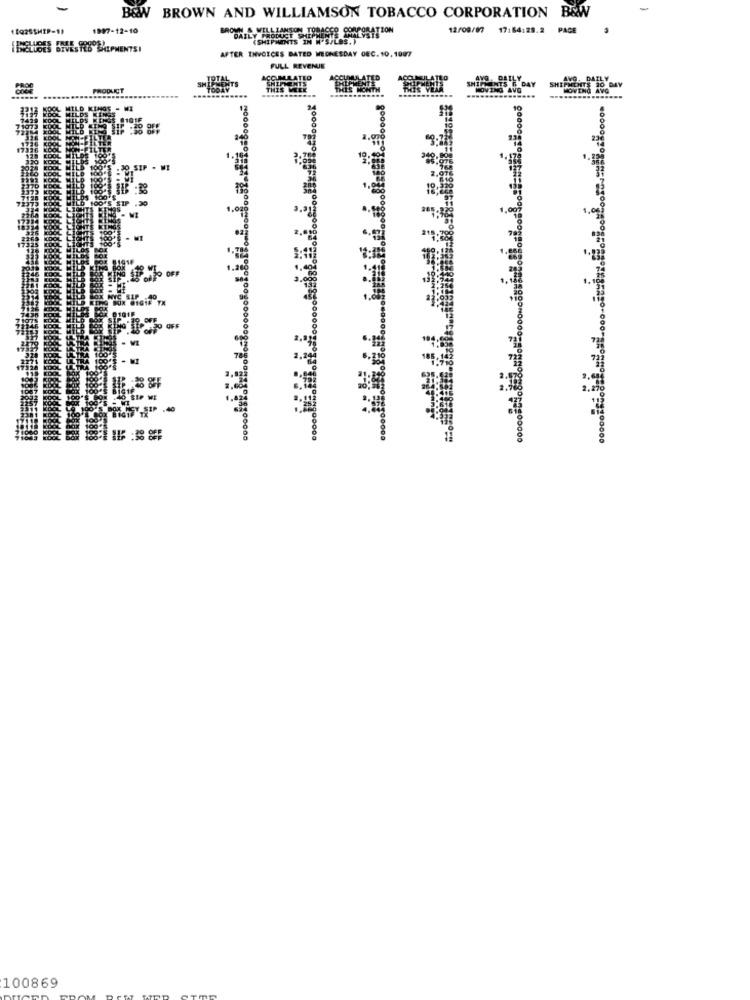
B&W
B&W BROWN AND WILLIAMSON TOBACCO CORPORATION
12Q26SHIP-1)
1997-12-10
ROM
WILLIAMSON TOBACCO CORPORATION
12/09/07
17164:28.2
PAGE
DAILY
(SHIPMENTS IN W'S/LOS. )
PRODUCT SHEPCEN
ELUSES BIVESTES BALPMENTSI
AFTER INVOICES BATED WEDNESDAY DEC. 10, 1007
FULL REVENUE
TOTAL
ATIO
AVO. DAILY
RODUC
TODAY
MOVING AVG
SHIPMENTE 20 DAY
MOVING AVG
:29 SIP . WI
PS STP .20
3.0
O OFF
SEIP WE
100869